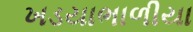
ખડયાભાળીયા